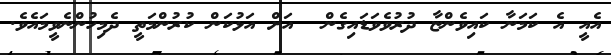
އެއީ އެ ކަމަނާ ކައިވެންޏާ ދުރުވެވަޑައިގެން  އަށް އަޅުކަން ކުރުންމަތީ ދެމިހުންނެވީމައެވެ.